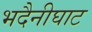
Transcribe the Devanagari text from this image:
भदैनीघाट